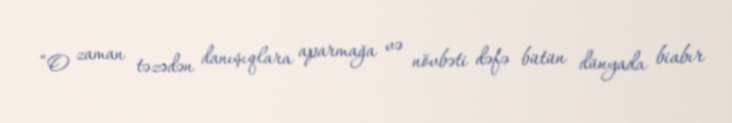
“O zaman təzədən danışıqlara aparmağa və növbəti dəfə bütün dünyada biabır